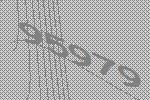
95979